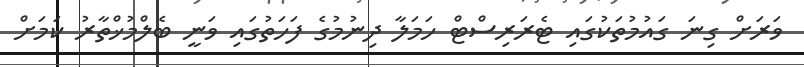
ވަރަށް ގިނަ ގައުމުތަކުގައި ޓެރަރިސްޓް ހަމަލާ ދިނުމުގެ ފަހަތުގައި ވަނީ ބެލްމުޚްތާރު ކަމަށް